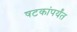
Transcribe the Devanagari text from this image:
षटकांपर्यंत